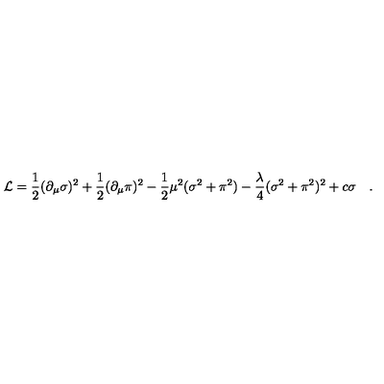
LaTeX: { \cal L } = \frac { 1 } { 2 } ( \partial _ { \mu } \sigma ) ^ { 2 } + \frac { 1 } { 2 } ( \partial _ { \mu } \pi ) ^ { 2 } \nonumber - \frac { 1 } { 2 } \mu ^ { 2 } ( \sigma ^ { 2 } + \pi ^ { 2 } ) - \frac { \lambda } { 4 } ( \sigma ^ { 2 } + \pi ^ { 2 } ) ^ { 2 } + c \sigma \quad .